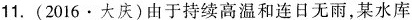
11.(2016·大庆)由于持续高温和连日无雨，某水库